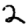
Digit: 2